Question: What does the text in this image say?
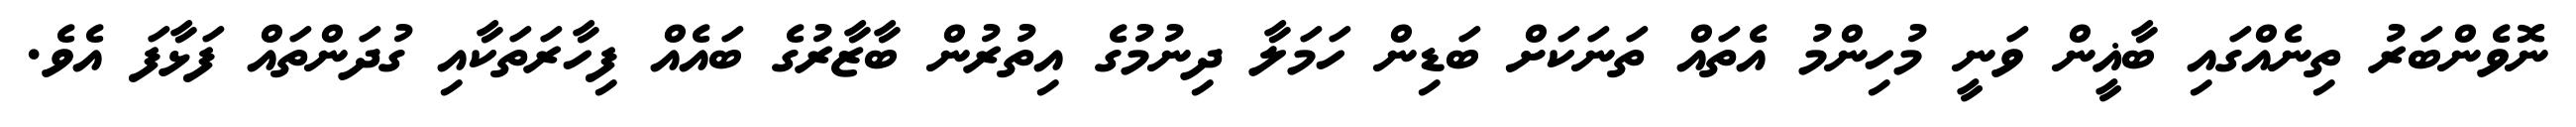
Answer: ނޮވެންބަރު ތިނެއްގައި ބާޣީން ވަނީ މުހިންމު އެތައް ތަނަކަށް ބަޑިން ހަމަލާ ދިނުމުގެ އިތުރުން ބާޒާރުގެ ބައެއް ފިހާރަތަކާއި ގުދަންތައް ފަޅާފަ އެވެ.